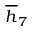
\overline { { h } } _ { 7 }